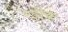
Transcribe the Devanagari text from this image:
रेझेक